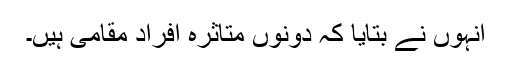
انہوں نے بتایا کہ دونوں متاثرہ افراد مقامی ہیں۔